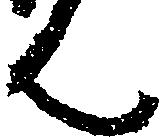
ん